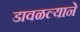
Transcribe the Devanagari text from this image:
डावळल्याने